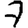
Digit: 7